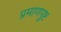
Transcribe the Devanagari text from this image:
प्रमाणपुष्ट